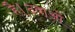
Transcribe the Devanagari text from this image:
है।दवाओं